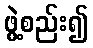
ဖွဲ့စည်း၍